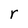
Character: r